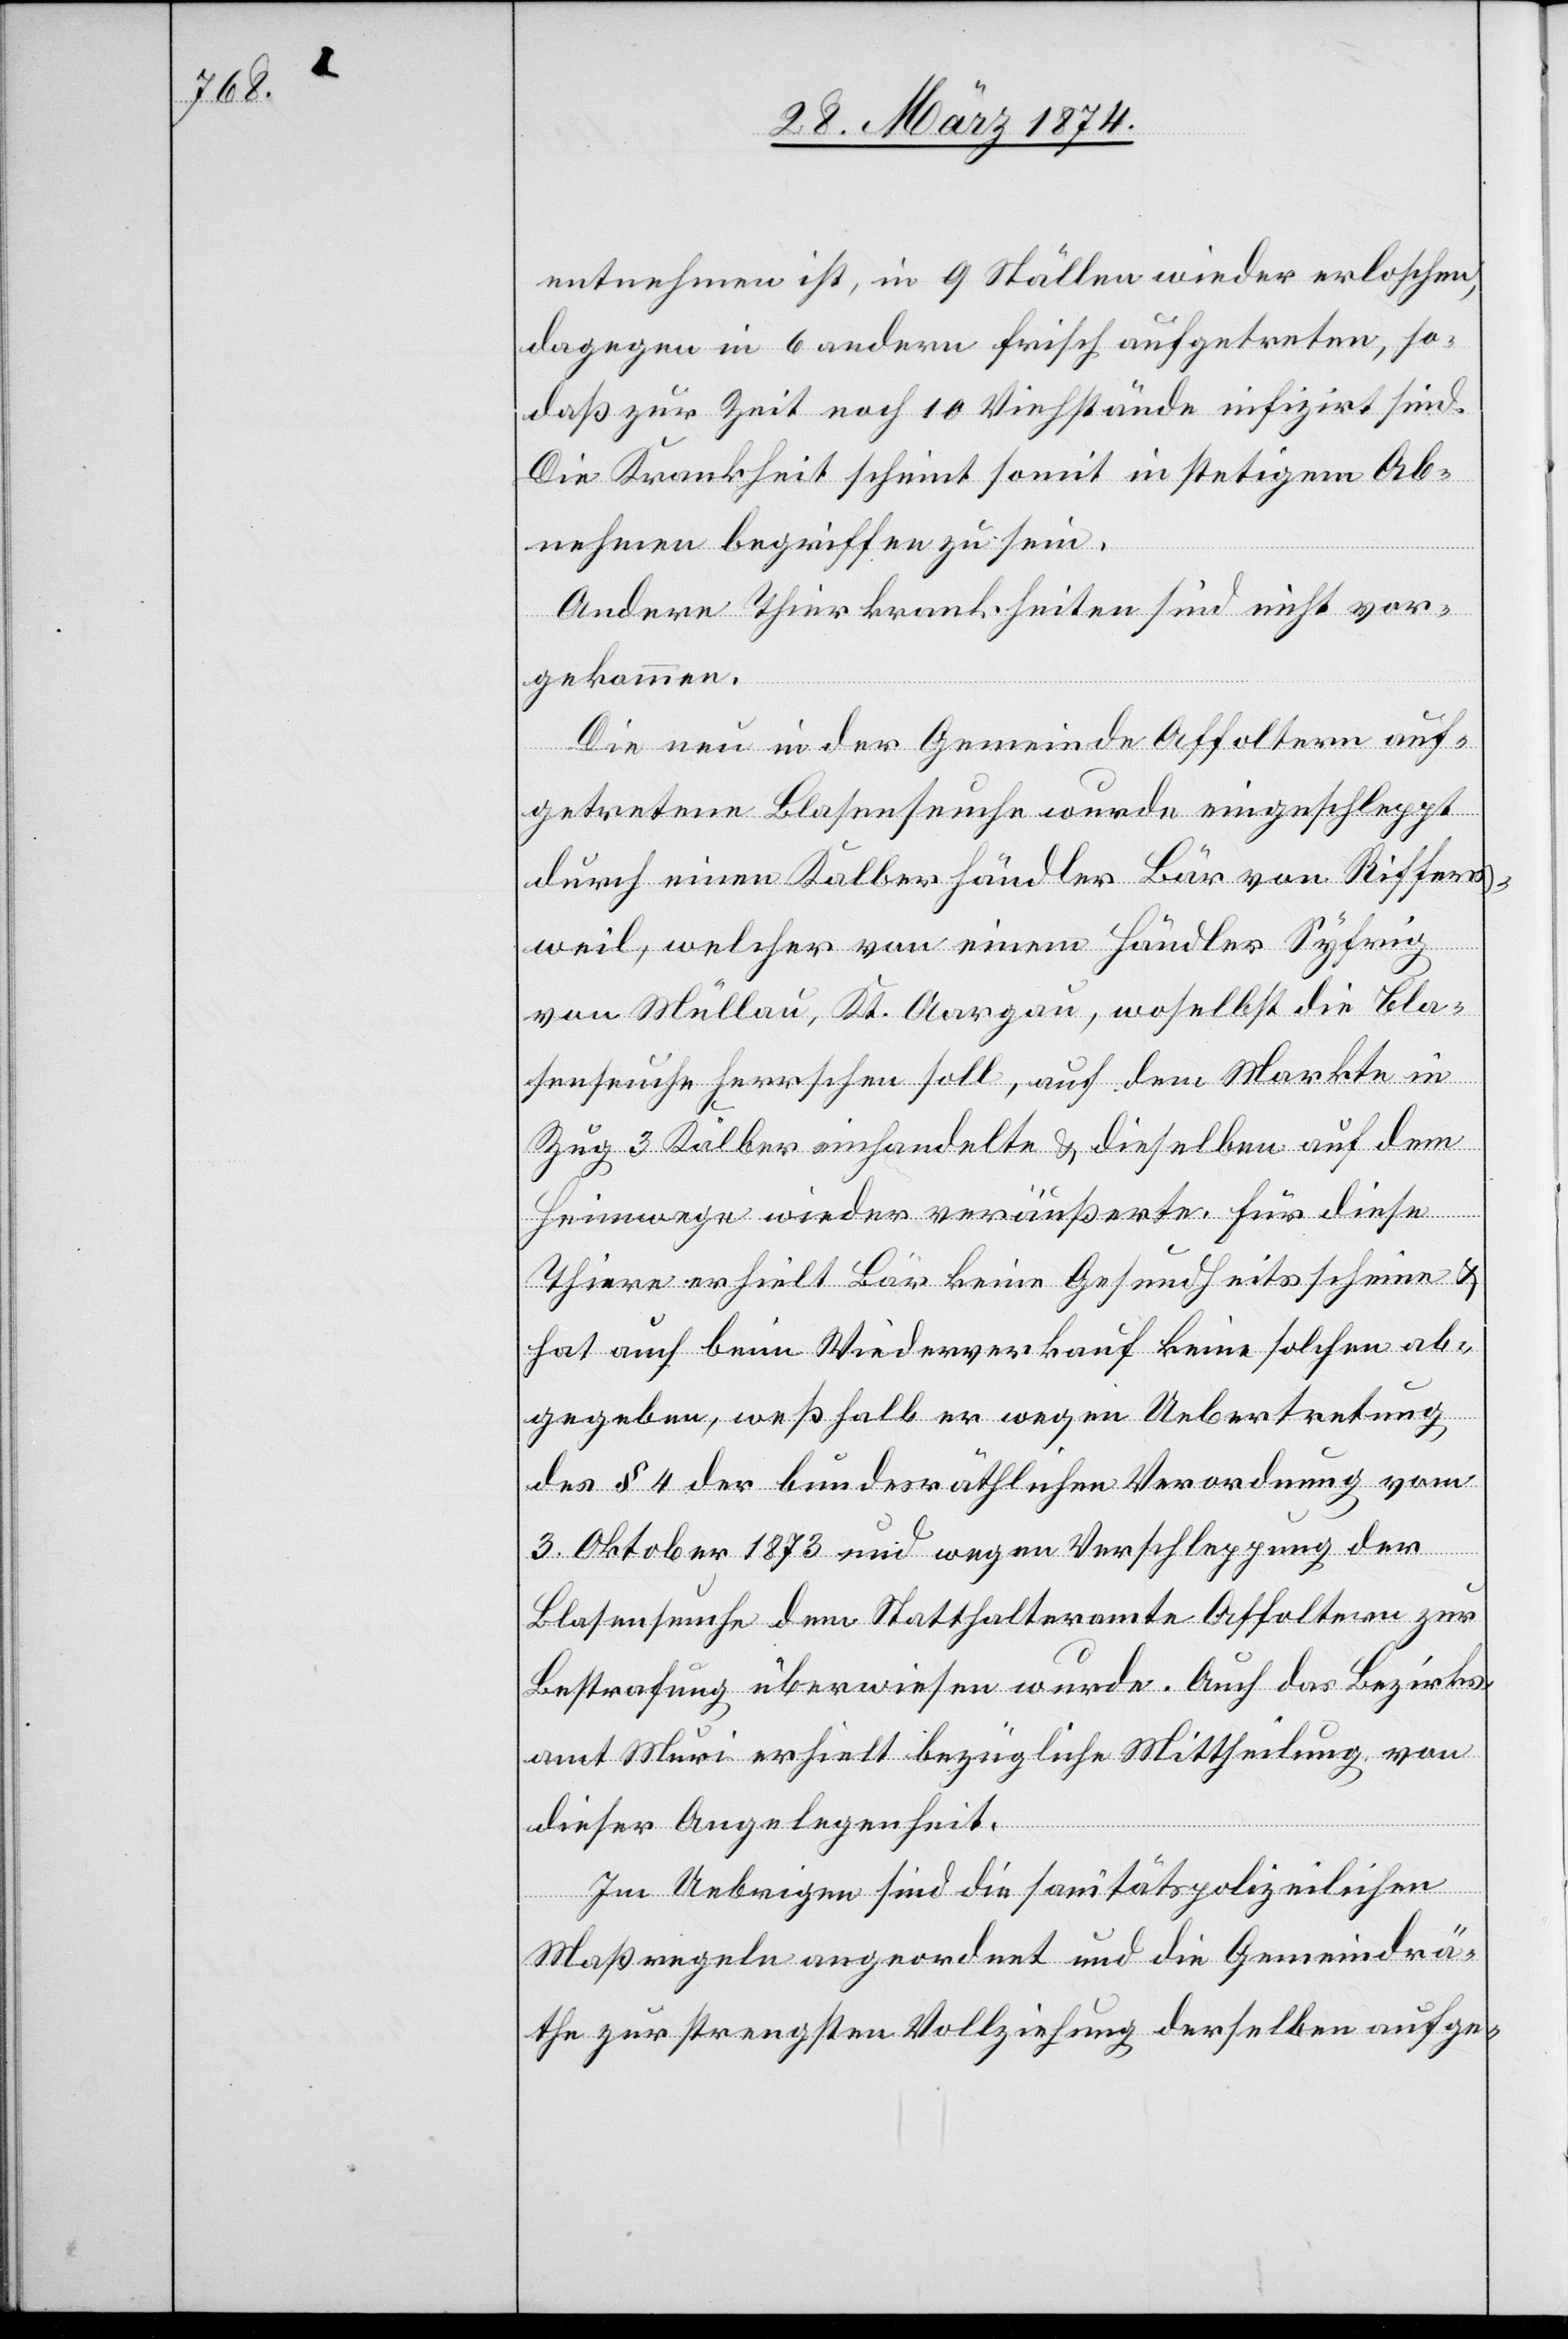
entnehmen ist, in 9 Ställen wieder erloschen,
dagegen in 6 andern frisch aufgetreten, so
daß zur Zeit noch 10 Viehstände infizirt sind.
Die Krankheit scheint somit in stetigem Ab¬
nehmen begriffen zu sein.
Andere Thierkrankheiten sind nicht vor¬
gekommen.
Die neu in der Gemeinde Affoltern auf¬
getretene Blasenseuche wurde eingeschleppt
durch einen Kalberhändler Bär von Riffers¬
weil, welcher von einem Händler Syfrig
von Müllau, Kt. Aargau, woselbst die Bla¬
senseuche herrschen soll, auf dem Markte in
Zug 3 Kälber einhandelte u. dieselben auf dem
Heimwege wieder veräußerte. Für diese
Thiere erhielt Bär keine Gesundheitsscheine u.
hat auch beim Wiederverkauf keine solche ab¬
gegeben, weßhalb er wegen Uebertretung
des § 4 der bundesräthlichen Verordnung vom
3. Oktober 1873 und wegen Verschleppung der
Blasenseuche dem Statthalteramte Affoltern zur
Bestrafung überwiesen wurde. Auch das Bezirks¬
amt Muri erhielt bezügliche Mittheilung von
dieser Angelegenheit.
Im Uebrigen sind die sanitätspolizeilichen
Maßregeln angeordnet und die Gemeindrä¬
the zur strengsten Vollziehung derselben aufge-